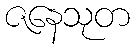
ဇနေသုတ